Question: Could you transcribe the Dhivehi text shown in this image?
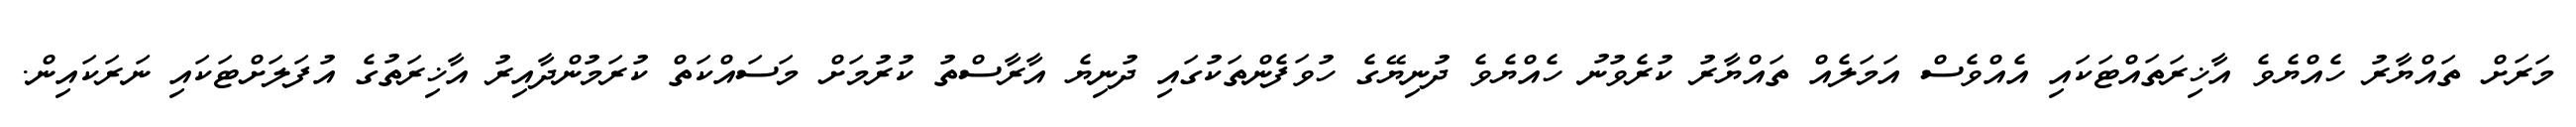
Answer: މަރަށް ތައްޔާރު ހެއްޔެވެ އާޚިރަތައްޓަކައި އެއްވެސް އަމަލެއް ތައްޔާރު ކުރެވުނު ހެއްޔެވެ ދުނިޔޭގެ ހުވަފެންތަކުގައި ދުނިޔެ އާރާސްތު ކުރުމަށް މަސައްކަތް ކުރަމުންދާއިރު އާޚިރަތުގެ އުފަލަށްޓަކައި ނަރަކައިން.